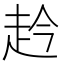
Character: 赺